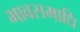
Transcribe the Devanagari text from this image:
भावसमाधि